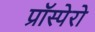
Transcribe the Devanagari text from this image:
प्रॉस्पेरो